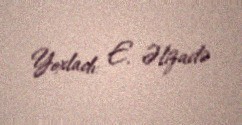
Yoxladı: E. Əlizadə